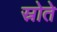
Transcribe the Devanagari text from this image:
स्रोते